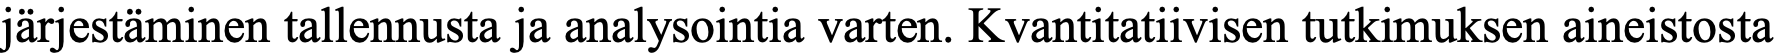
järjestäminen tallennusta ja analysointia varten. Kvantitatiivisen tutkimuksen aineistosta